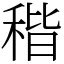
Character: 𥟠